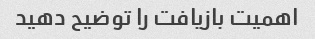
اهمیت بازیافت را توضیح دهید